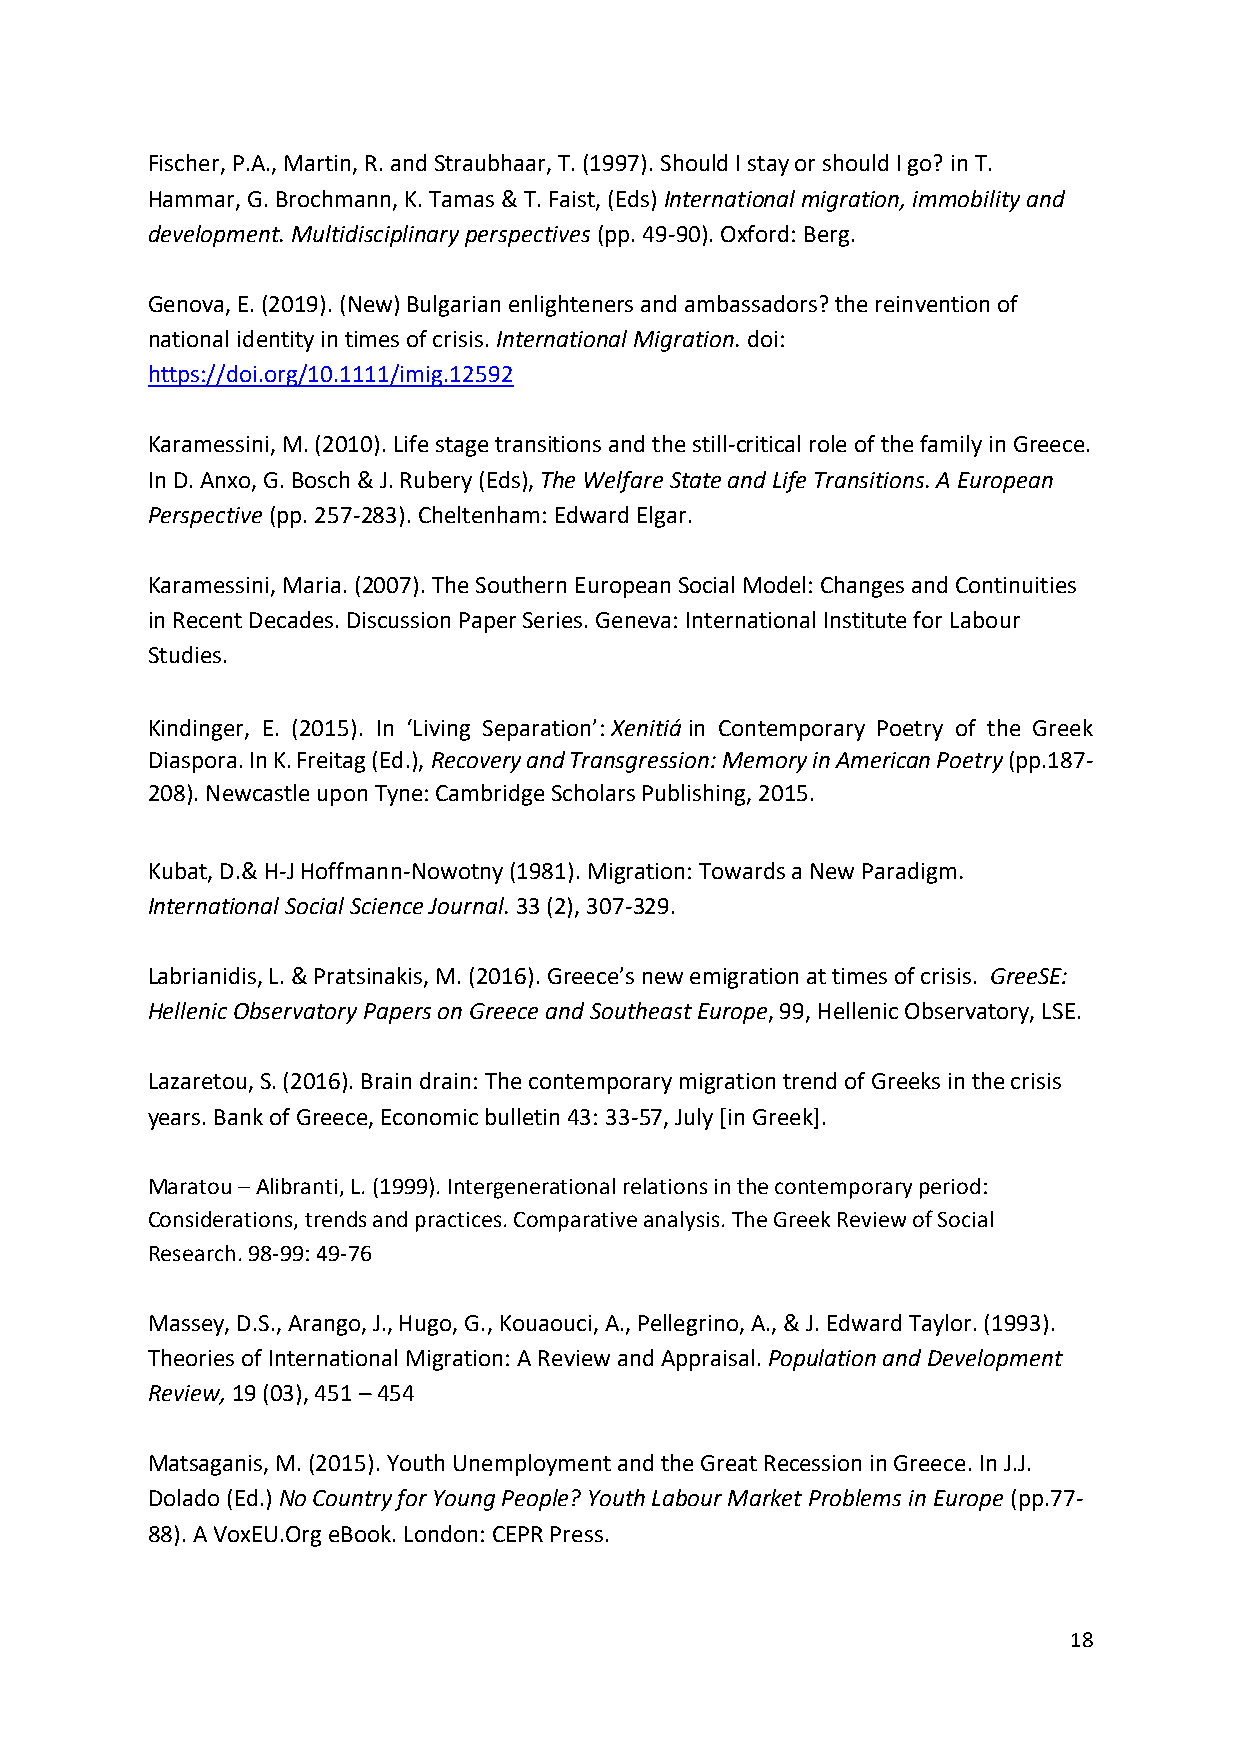
Fischer, P.A., Martin, R. and Straubhaar, T. (1997). Should I stay or should I go? in T.
 Hammar, G. Brochmann, K. Tamas & T. Faist, (Eds) International migration, immobility and
 development. Multidisciplinary perspectives (pp. 49-90). Oxford: Berg.
 Genova, E. (2019). (New) Bulgarian enlighteners and ambassadors? the reinvention of
 national identity in times of crisis. International Migration. doi:
 https://doi.org/10.1111/imig.12592
 Karamessini, M. (2010). Life stage transitions and the still-critical role of the family in Greece.
 In D. Anxo, G. Bosch & J. Rubery (Eds), The Welfare State and Life Transitions. A European
 Perspective (pp. 257-283). Cheltenham: Edward Elgar.
 Karamessini, Maria. (2007). The Southern European Social Model: Changes and Continuities
 in Recent Decades. Discussion Paper Series. Geneva: International Institute for Labour
 Studies.
 Kindinger, E. (2015). In ‘Living Separation’: Xenitiá in Contemporary Poetry of the Greek
 Diaspora. In K. Freitag (Ed.), Recovery and Transgression: Memory in American Poetry (pp.187-
 208). Newcastle upon Tyne: Cambridge Scholars Publishing, 2015.
 Kubat, D.& H-J Hoffmann-Nowotny (1981). Migration: Towards a New Paradigm.
 International Social Science Journal. 33 (2), 307-329.
 Labrianidis, L. & Pratsinakis, M. (2016). Greece’s new emigration at times of crisis. GreeSE:
 Hellenic Observatory Papers on Greece and Southeast Europe, 99, Hellenic Observatory, LSE.
 Lazaretou, S. (2016). Brain drain: The contemporary migration trend of Greeks in the crisis
 years. Bank of Greece, Economic bulletin 43: 33-57, July [in Greek].
 Maratou – Alibranti, L. (1999). Intergenerational relations in the contemporary period:
 Considerations, trends and practices. Comparative analysis. The Greek Review of Social
 Research. 98-99: 49-76
 Massey, D.S., Arango, J., Hugo, G., Kouaouci, A., Pellegrino, A., & J. Edward Taylor. (1993).
 Theories of International Migration: A Review and Appraisal. Population and Development
 Review, 19 (03), 451 – 454
 Matsaganis, M. (2015). Youth Unemployment and the Great Recession in Greece. In J.J.
 Dolado (Ed.) No Country for Young People? Youth Labour Market Problems in Europe (pp.77-
 88). A VoxEU.Org eBook. London: CEPR Press.
 18